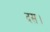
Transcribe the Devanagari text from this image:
दस।